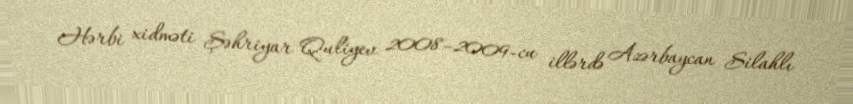
Hərbi xidməti Şəhriyar Quliyev 2008–2009-cu illərdə Azərbaycan Silahlı